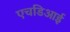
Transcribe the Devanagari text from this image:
एचडिआई